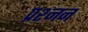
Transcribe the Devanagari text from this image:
प्रश्नन